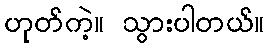
ဟုတ်ကဲ့။ သွားပါတယ်။